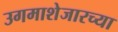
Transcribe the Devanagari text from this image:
उगमाशेजारच्या